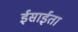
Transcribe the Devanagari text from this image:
ईसाईता